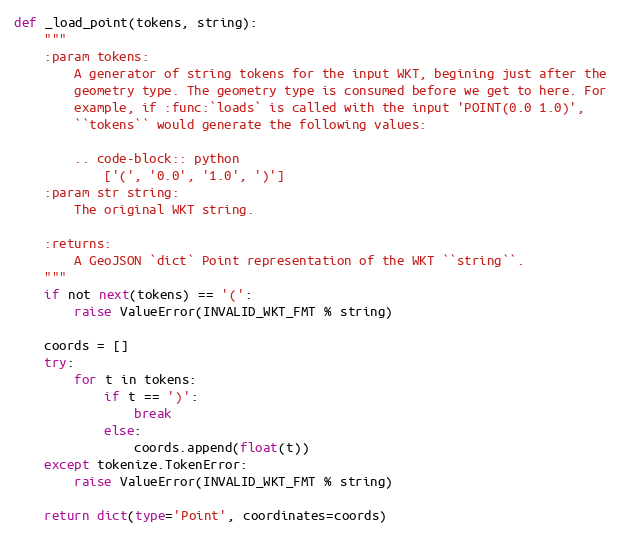
Language: Python
def _load_point(tokens, string):
    """
    :param tokens:
        A generator of string tokens for the input WKT, begining just after the
        geometry type. The geometry type is consumed before we get to here. For
        example, if :func:`loads` is called with the input 'POINT(0.0 1.0)',
        ``tokens`` would generate the following values:

        .. code-block:: python
            ['(', '0.0', '1.0', ')']
    :param str string:
        The original WKT string.

    :returns:
        A GeoJSON `dict` Point representation of the WKT ``string``.
    """
    if not next(tokens) == '(':
        raise ValueError(INVALID_WKT_FMT % string)

    coords = []
    try:
        for t in tokens:
            if t == ')':
                break
            else:
                coords.append(float(t))
    except tokenize.TokenError:
        raise ValueError(INVALID_WKT_FMT % string)

    return dict(type='Point', coordinates=coords)